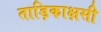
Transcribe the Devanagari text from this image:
ताड़िकाक्षसी